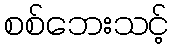
စစ်ဘေးသင့်